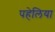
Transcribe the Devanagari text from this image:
पहेलिया